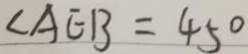
\angle A E B = 4 5 ^ { \circ }